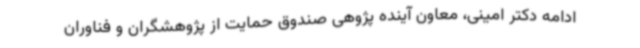
ادامه دکتر امینی، معاون آینده پژوهی صندوق حمایت از پژوهشگران و فناوران